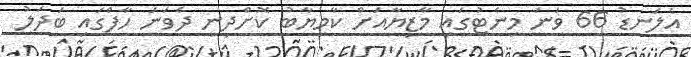
އެލަނޑު 66 ވަނަ މިނެޓުގައި މާޒިޔާއަށް ކާމިޔާބު ކޮށްދިނީ ދެވަނަ ހާފްގައި ބަދަލު